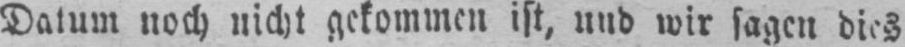
Datum noch nicht gekommen ist, und wir sagen dies